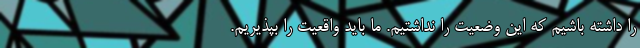
را داشته باشیم که این وضعیت را نداشتیم. ما باید واقعیت را بپذیریم.